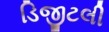
ડિજીટલી